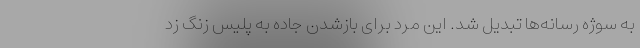
به سوژه رسانه‌ها تبدیل شد. این مرد برای بازشدن جاده به پلیس زنگ زد